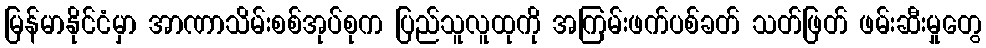
မြန်မာနိုင်ငံမှာ အာဏာသိမ်းစစ်အုပ်စုက ပြည်သူလူထုကို အကြမ်းဖက်ပစ်ခတ် သတ်ဖြတ် ဖမ်းဆီးမှုတွေ